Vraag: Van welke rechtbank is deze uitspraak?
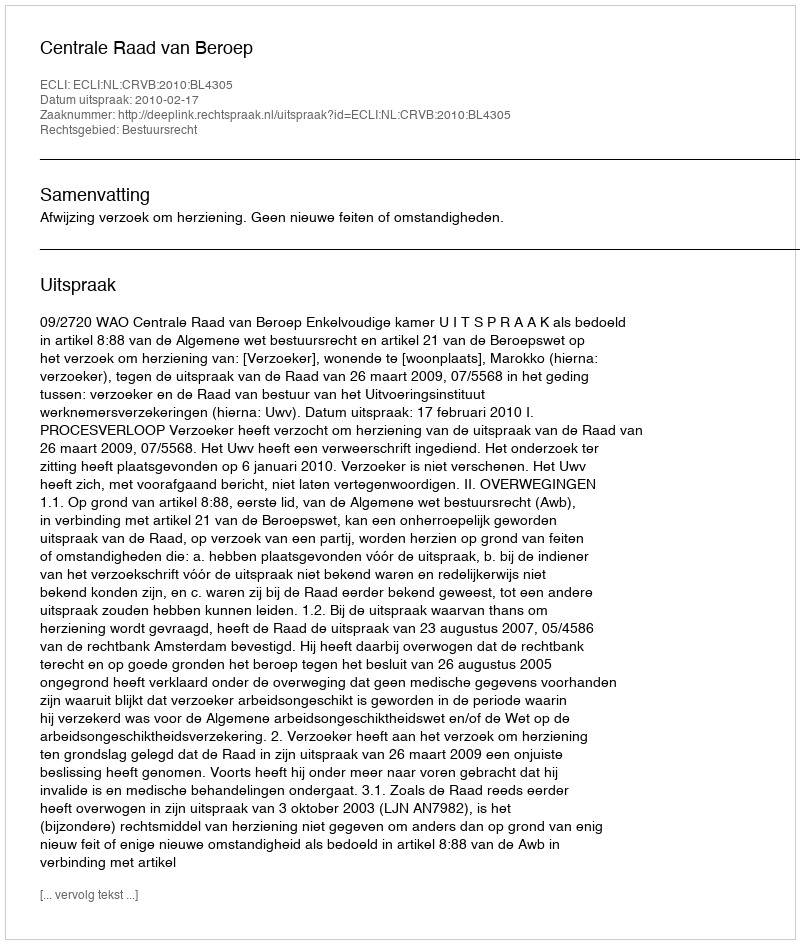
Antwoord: Centrale Raad van Beroep